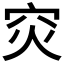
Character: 𬔇